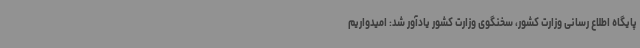
پایگاه اطلاع رسانی وزارت کشور، سخنگوی وزارت کشور یادآور شد: امیدواریم